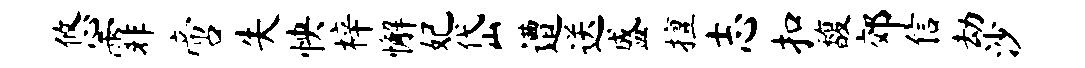
悠霏啻失怏梓懈妃岱遭送盛擅志扣馥郊信劫沙